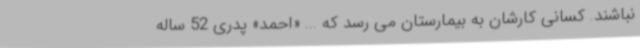
نباشند. کسانی کارشان به بیمارستان می رسد که ... «احمد» پدری 52 ساله